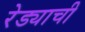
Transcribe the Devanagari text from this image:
रेड्याची